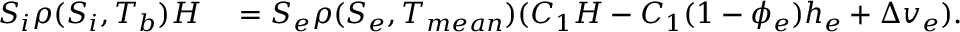
\begin{array} { r l } { S _ { i } \rho ( S _ { i } , T _ { b } ) H } & { { } = S _ { e } \rho ( S _ { e } , T _ { m e a n } ) ( C _ { 1 } H - C _ { 1 } ( 1 - \phi _ { e } ) h _ { e } + \Delta v _ { e } ) . } \end{array}